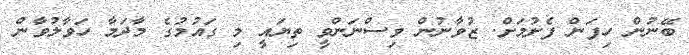
ބޭނުން ހިފަން ފެށުމަށް. ޒުވާނުން ވިސްނަންވީ ތިޔައީ މި ގައުމުގެ މާދަމާ ހަވާލުވާން